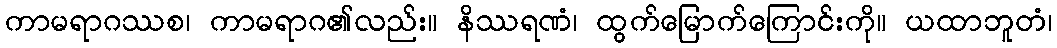
ကာမရာဂဿစ၊ ကာမရာဂ၏လည်း။ နိဿရဏံ၊ ထွက်မြောက်ကြောင်းကို။ ယထာဘူတံ၊